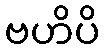
ဗဟိပိ